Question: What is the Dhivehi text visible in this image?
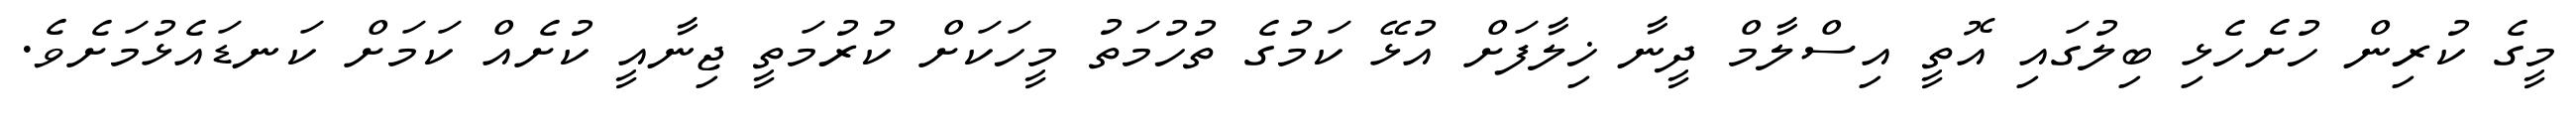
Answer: މީގެ ކުރިން ހުށެހެޅި ބިލުގައި އޮތީ އިސްލާމް ދީނާ ޚިލާފަށް އުޅޭ ކަމުގެ ތުހުމަތު މީހަކަށް ކުރުމަތީ ޖިނާއީ ކުށެއް ކަމަށް ކަނޑައެޅުމަށެވެ.